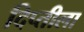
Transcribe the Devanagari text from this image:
दिप्तीला